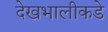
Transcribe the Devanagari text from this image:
देखभालीकडे